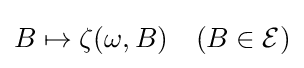
B\mapsto \zeta (\omega ,B)\quad (B\in {\mathcal {E}})